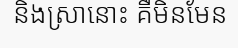
និងស្រានោះ គឺមិនមែន